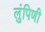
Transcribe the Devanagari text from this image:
लुंपिणी